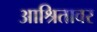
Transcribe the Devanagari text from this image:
आश्रितावर